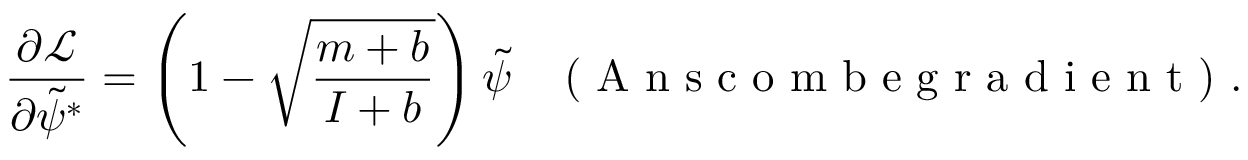
\frac { \partial \mathcal { L } } { \partial \tilde { \psi } ^ { * } } = \left( 1 - \sqrt { \frac { m + b } { I + b } } \right) \tilde { \psi } \; \; \; \textrm { ( A n s c o m b e g r a d i e n t ) } .